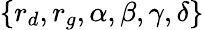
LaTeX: \{ r_{d},r_{g},\alpha,\beta,\gamma,\delta\}